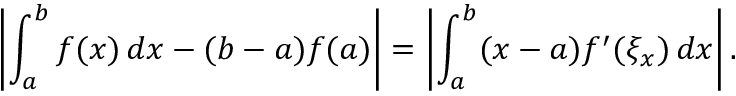
\left| \int _ { a } ^ { b } f ( x ) \, d x - ( b - a ) f ( a ) \right| = \left| \int _ { a } ^ { b } ( x - a ) f ^ { \prime } ( \xi _ { x } ) \, d x \right| .